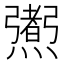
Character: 𤑜